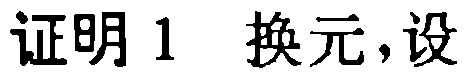
证明1 换元,设